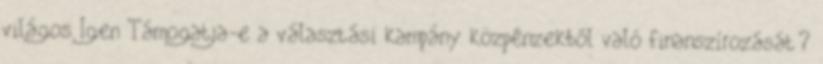
világos Igen Támogatja-e a választási kampány közpénzekből való finanszírozását?